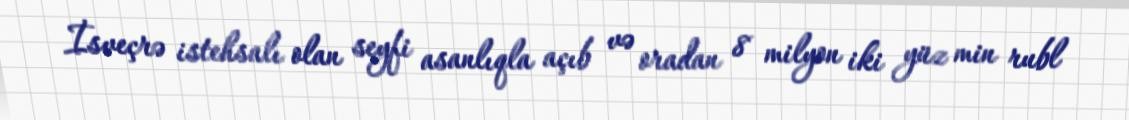
İsveçrə istehsalı olan seyfi asanlıqla açıb və oradan 8 milyon iki yüz min rubl